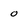
Character: o